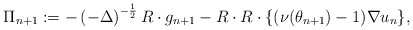
\begin{align*}\Pi_{n+1} := -\left(-\Delta\right)^{-\frac{1}{2}}R\cdot g_{n+1}-R\cdot R\cdot \{(\nu(\theta_{n+1})-1)\nabla u_n \}, \end{align*}